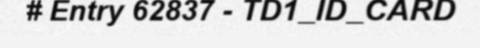
# Entry 62837 - TD1_ID_CARD